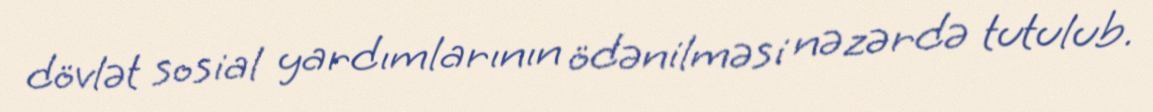
dövlət sosial yardımlarının ödənilməsi nəzərdə tutulub.